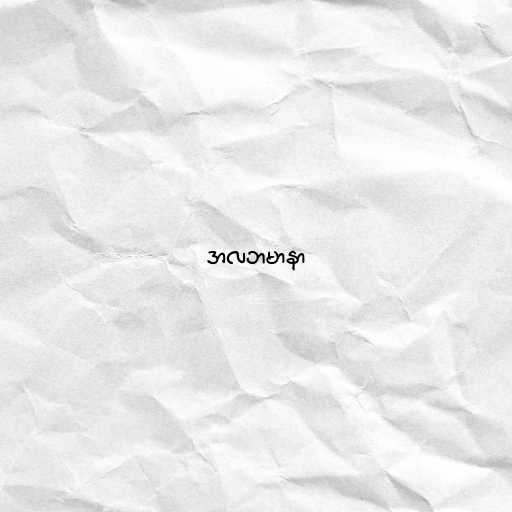
အလဘမာနာ